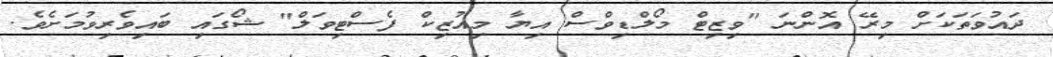
ދައުވަތަކަށް މިރޭ އޮންނަ "ވިޒިޓް މޯލްޑިވްސް އިޔާ މިއުޒިކް ފެސްޓިވަލް" ޝޯގައި ބައިވެރިވުމަށެވެ.